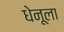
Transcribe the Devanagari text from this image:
धेनूला